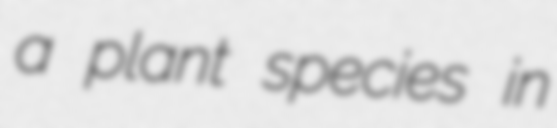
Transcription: a plant species in